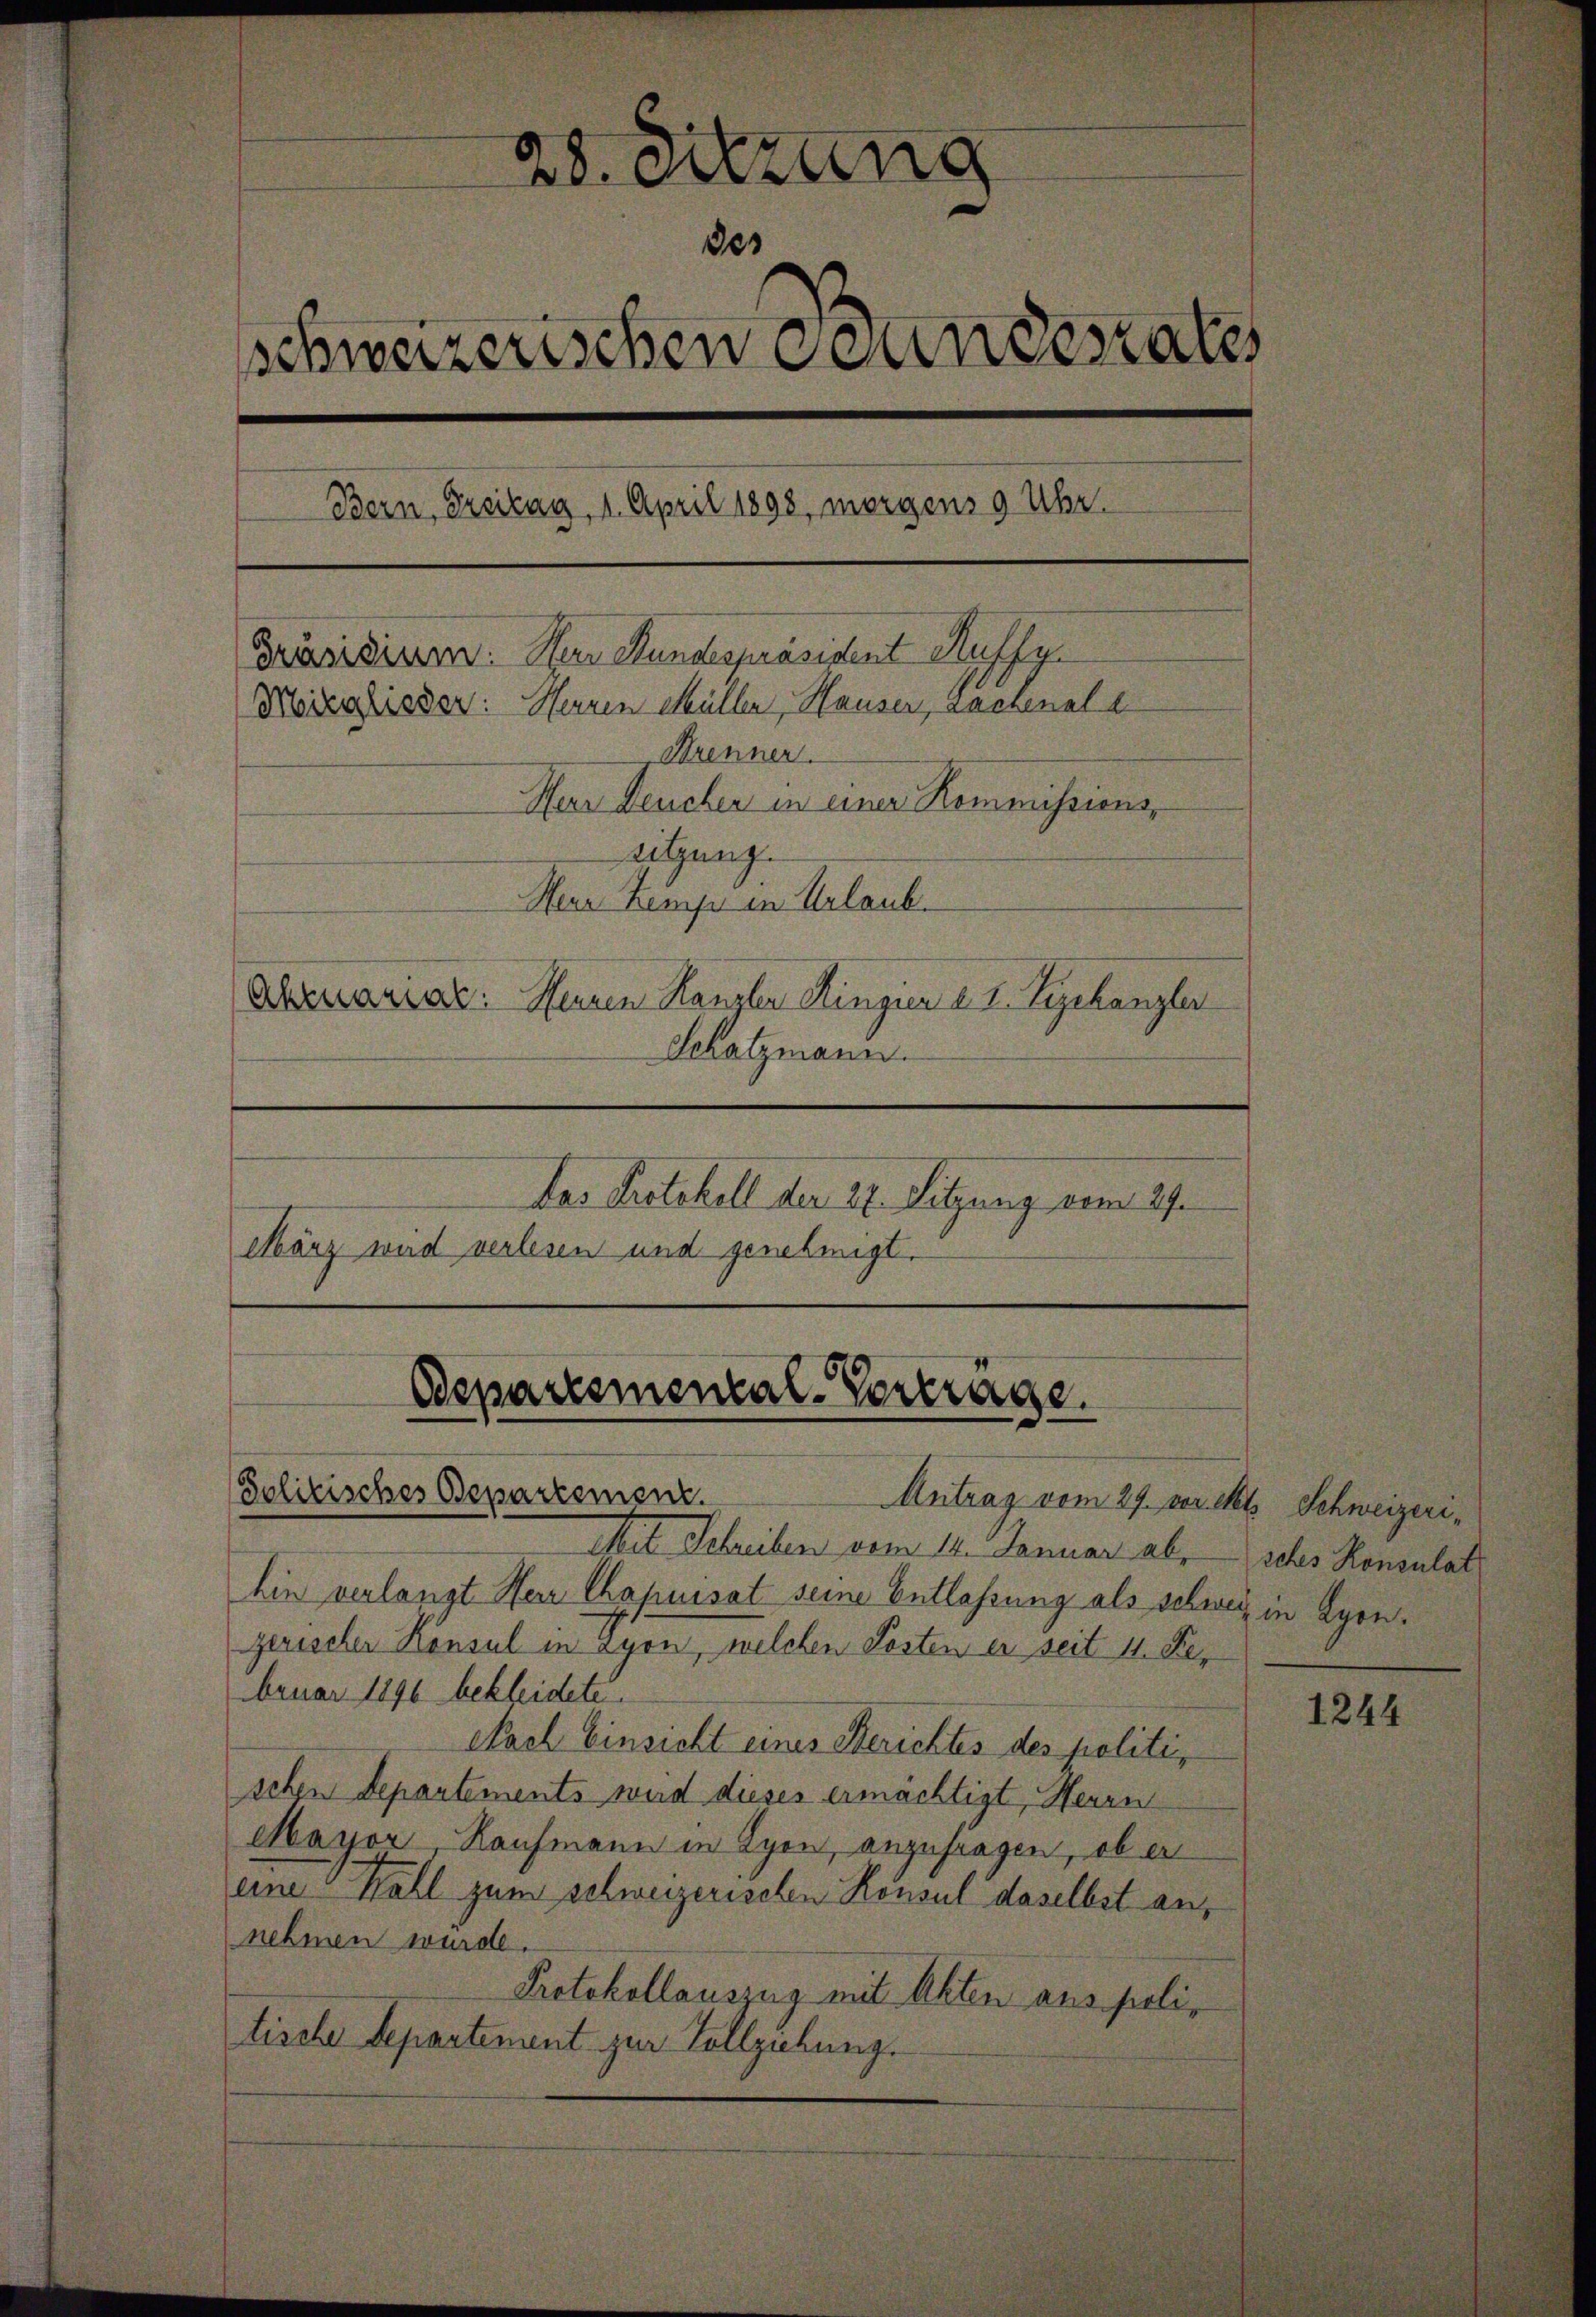
28. Sitzung
des
schweizerischen Bandesrates
Bern, Freitag, 1. April 1898, morgens 9 Uhr.
Präsidium. Nur Rundespräsident Haffy.
Mitglieder: Herren Müllen, Hauser, Lachenale
Brenner.
Herr Deucher in einer Kommissions-
sitzung.
Heur Kemp in Urlaub.
Ahrmariat: Heinen Kanzler Kingier a. I. Segchanzler
Schatzmann.
Das Protokoll der 27. Sitzung vom 27.
März wird verlesen und genehmigt.

Bepartemental-Vertrage.
Politisches Departement.
Antrag vom 29. Der et. Schweizeri¬

Mit Schreiben vom 14. Januar abs
hin verlangt Herr Chapuisat seine Entlassung als schweiz in Lyon,
zerischer Konsul in Lyon, welchen Posten er seit 11. Der
bruar 1896 bekleidete.
Nach Einsicht eines Berichtes des politischen Departements wird dieses ermächtigt, Herrn
Mayor, Kaufmann in Lyon, anzufragen, ob er
eine Wahl zum Schweizerischen Konsul daselbst an,
nehmen wurde.
Protokollauszug mit Akten aus politische Departement zur Vollziehung.

sches Konsulat

1244